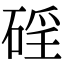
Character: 𥓕